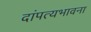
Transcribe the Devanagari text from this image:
दांपत्यभावना